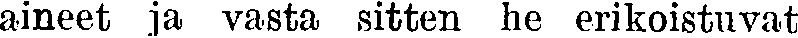
aineet ja vasta sitten he erikoistuvat